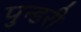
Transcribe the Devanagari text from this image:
पुन्डरी